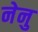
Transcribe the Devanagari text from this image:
नेनु